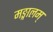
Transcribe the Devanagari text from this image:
मङ्गालम्